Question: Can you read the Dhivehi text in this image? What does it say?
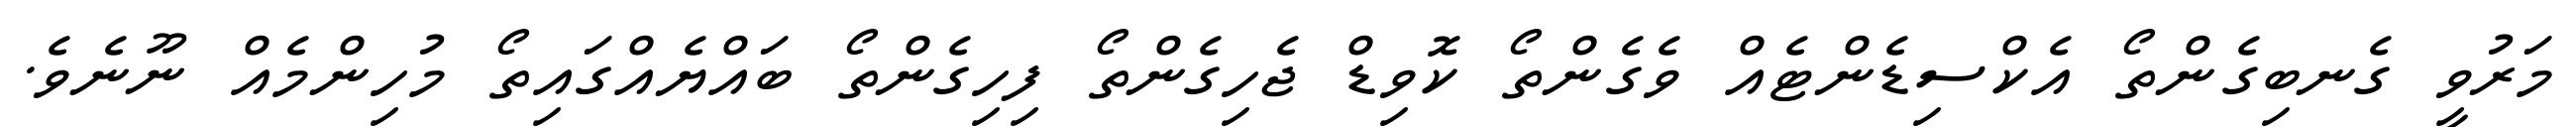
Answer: މަރުވީ ގެނބިގެންތޯ އެކްސިޑެންޓެއް ވެގެންތޯ ކޮވިޑް ޖެހިގެންތޯ ފިހިގެންތޯ ބައްޔެއްގައިތޯ މުހިންމެއް ނޫނެވެ.